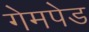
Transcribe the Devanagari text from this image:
गेमपेड